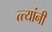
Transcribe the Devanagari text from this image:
त्त्यांनी